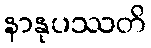
နာနုပဿတိ